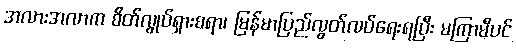
အလားအလာက စိတ်လွုပ်ရှားစရာ၊ မြန်မာပြည်လွတ်လပ်ရေးရပြီး မကြာမီပင်